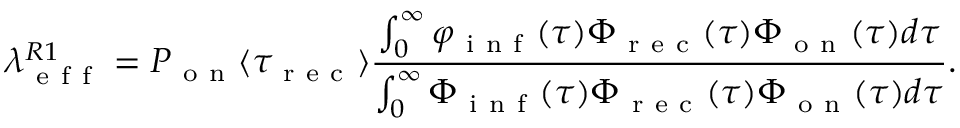
\lambda _ { \mathrm { ~ e ~ f ~ f ~ } } ^ { R 1 } = P _ { \mathrm { ~ o ~ n ~ } } \langle \tau _ { \mathrm { ~ r ~ e ~ c ~ } } \rangle \frac { \int _ { 0 } ^ { \infty } \varphi _ { \mathrm { ~ i ~ n ~ f ~ } } ( \tau ) \Phi _ { \mathrm { ~ r ~ e ~ c ~ } } ( \tau ) \Phi _ { \mathrm { ~ o ~ n ~ } } ( \tau ) d \tau } { \int _ { 0 } ^ { \infty } \Phi _ { \mathrm { ~ i ~ n ~ f ~ } } ( \tau ) \Phi _ { \mathrm { ~ r ~ e ~ c ~ } } ( \tau ) \Phi _ { \mathrm { ~ o ~ n ~ } } ( \tau ) d \tau } .